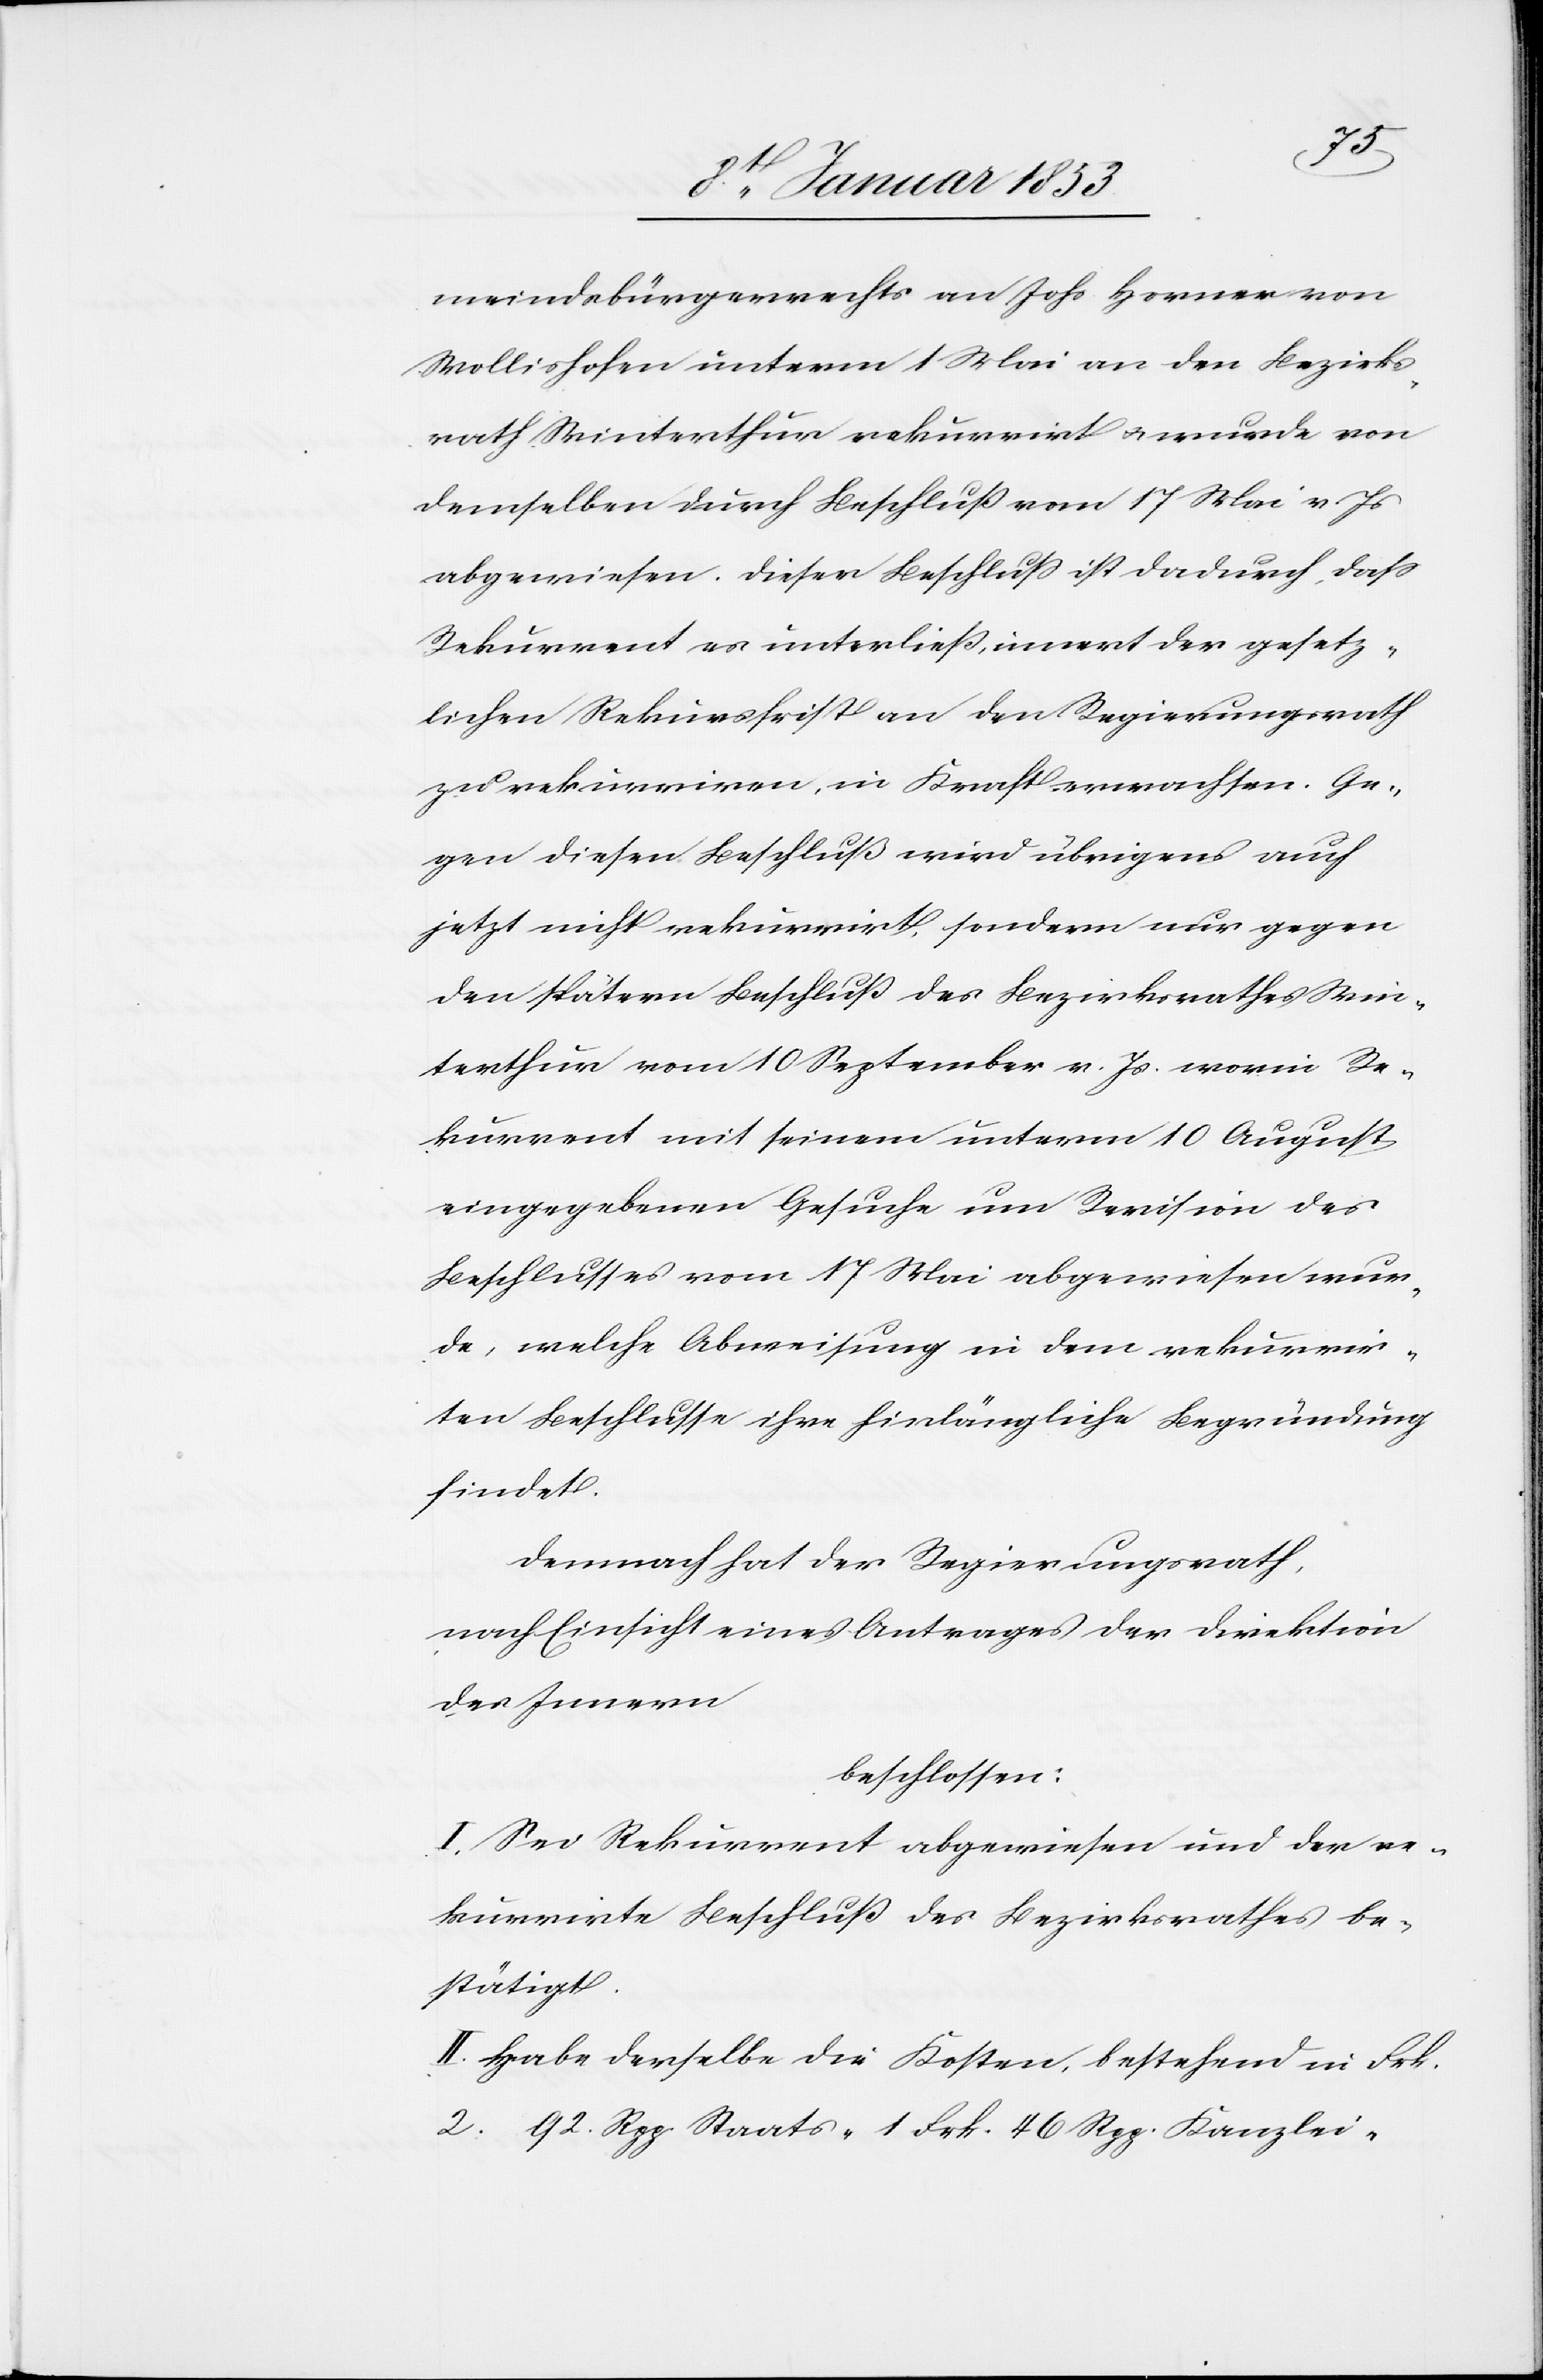
meindebürgerrechts an Johs Horner von
Wollishofen unterm 1 Mai an den Bezirks¬
rath Winterthur rekurrirt u. wurde von
demselben durch Beschluß vom 17 Mai v. Js.
abgewiesen. Dieser Beschluß ist dadurch, daß
Rekurrent es unterließ, innert der gesetz¬
lichen Rekursschrift an den Regierungsrath
zu rekurriren, in Kraft erwachsen. Ge¬
gen diesen Beschluß wird übrigens auch
jetzt nicht rekurrirt, sondern nur gegen
den spätern Beschluß des Bezirksrathes Win¬
terthur vom 10 September v. Js. worin Re¬
kurrent mit seinem unterm 10 August
eingegebenen Gesuche um Revision des
Beschlusses vom 17 Mai abgewiesen wur¬
de, welche Abweisung in dem rekurrir¬
ten Beschlusse ihre hinlängliche Begründung
findet.
demnach hat der Regierungsrath,
nach Einsicht eines Antrages der Direktion
des Innern
beschlossen:
I. Sei Rekurrent abgewiesen und der re¬
kurrirte Beschluß des Bezirksrathes be¬
stätigt.
II. Habe derselbe die Kosten, bestehend in Frk.
2. 92 Rpp. Staats- 1 Frk. 46 Rpp. Kanzlei-